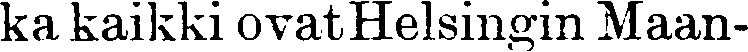
ka kaikki ovat Helsingin Maan-